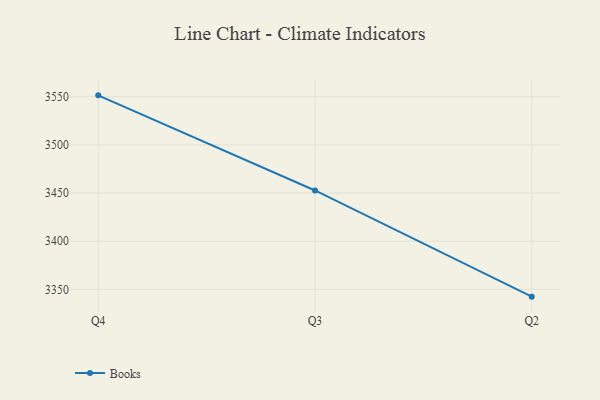
{"axis": {"x": "Quarter", "y": "Satisfaction Score"}, "legend": ["Books"], "data": [{"x": "Q4", "y": 3551.5, "type": "Books"}, {"x": "Q3", "y": 3452.7, "type": "Books"}, {"x": "Q2", "y": 3342.4, "type": "Books"}]}